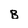
Character: B